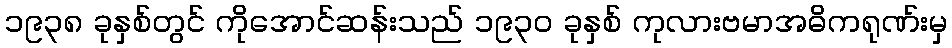
၁၉၃၈ ခုနှစ်တွင် ကိုအောင်ဆန်းသည် ၁၉၃၀ ခုနှစ် ကုလားဗမာအဓိကရုဏ်းမှ